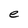
Character: e